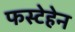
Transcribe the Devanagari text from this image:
फस्टेहेन